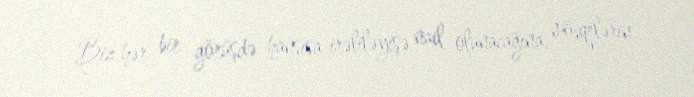
- Biz hər bir görüşdə hansısa irəliləyişə nail olunacağına, mövqelərin